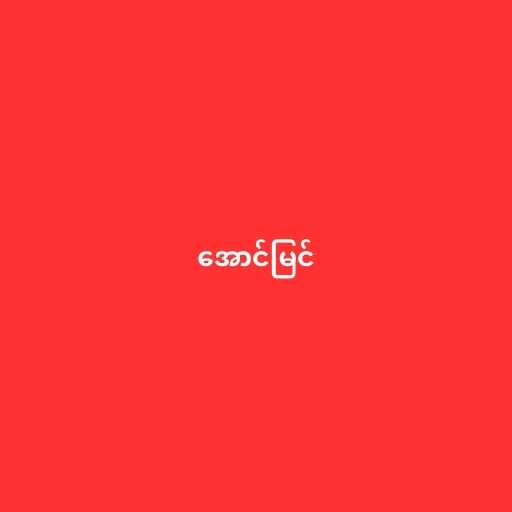
အောင်မြင်